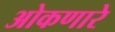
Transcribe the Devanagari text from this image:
ओकणारे